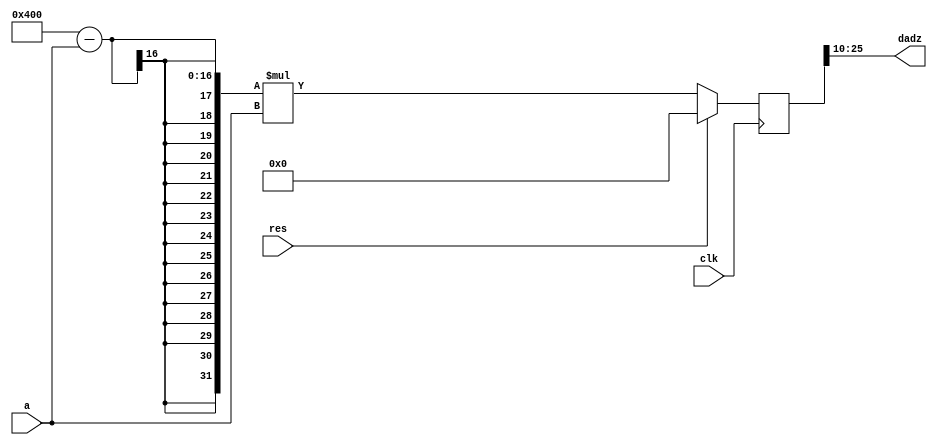
`timescale 1ns / 1ps
//////////////////////////////////////////////////////////////////////////////////
// Company: Kyushu Institute of Technology
// 
// Design Name:    Neural Network (using backpropagation)
// Module Name:    dadz 
// Project Name:   LSI Design Contest in Okinawa 2018
// Target Devices: 
// Tool versions: 
//
//	Description:
//		Calculation of differential a
// 
// Input:(i=1,2,3 , j=1,2)
//		clk		    : 1 bit
//		reset		: 1 bit : high active
//  	a	 		: 16 bits 00_0000.0000_0000_00 signed : input value
//
// Output:(i=1,2,3 , j=1,2)
//  	dadz		: 16 bits 00_0000.0000_0000_00 signed : differential of a
//  	(a : sigmoid function)
//  	da/dz=(1/(1+e^(?z) ))=(a?1)a
// Latency:
//
//	Dependencies: 
// 
// Revision: 
// Revision 0.01 - File Created
// Additional Comments: 
//
//////////////////////////////////////////////////////////////////////////////////
module dadz(clk,res, a,dadz);
   input					clk;
	input					res;
	input signed 	[15:0]		a;
	output signed 	[15:0]		dadz;
	
	reg signed		[31:0]		tmp_dadz;
	
	always@(posedge clk)
	begin
		if (res == 1'b1)
			tmp_dadz = 0;
		else
			tmp_dadz = (16'b00_0001_0000_0000_00 - a) * a;
	end

	assign  dadz = tmp_dadz[25:10];
	
endmodule